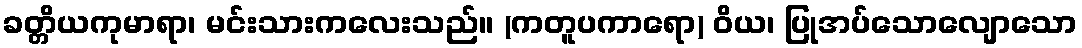
ခတ္တိယကုမာရာ၊ မင်းသားကလေးသည်။ (ကတူပကာရော) ဝိယ၊ ပြုအပ်သောလျောသော